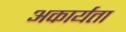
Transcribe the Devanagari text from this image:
अकार्यता